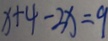
x + 4 - 2 x = 9